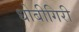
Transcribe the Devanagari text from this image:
धोबीगिरी